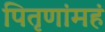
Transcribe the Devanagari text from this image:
पितृणांमहं